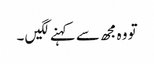
تو وہ مجھ سے کہنے لگیں ۔